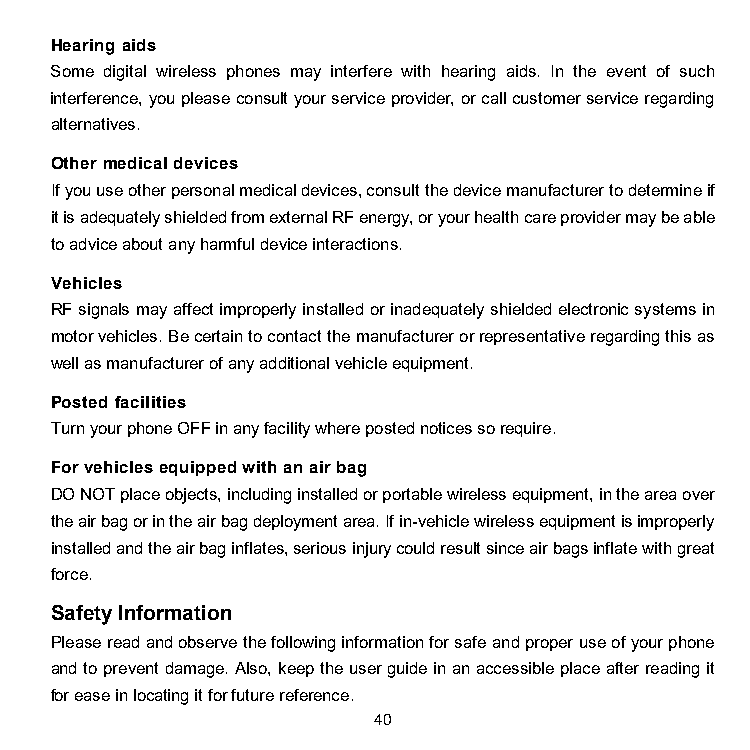
Hearing aids
 Some digital wireless phones may interfere with hearing aids. In the event of such
 interference, you please consult your service provider, or call customer service regarding
 alternatives.
 Other medical devices
 If you use other personal medical devices, consult the device manufacturer to determine if
 it is adequately shielded from external RF energy, or your health care provider may be able
 to advice about any harmful device interactions.
 Vehicles
 RF signals may affect improperly installed or inadequately shielded electronic systems in
 motor vehicles. Be certain to contact the manufacturer or representative regarding this as
 well as manufacturer of any additional vehicle equipment.
 Posted facilities
 Turn your phone OFF in any facility where posted notices so require.
 For vehicles equipped with an air bag
 DO NOT place objects, including installed or portable wireless equipment, in the area over
 the air bag or in the air bag deployment area. If in-vehicle wireless equipment is improperly
 installed and the air bag inflates, serious injury could result since air bags inflate with great
 force.
 Safety Information
 Please read and observe the following information for safe and proper use of your phone
 and to prevent damage. Also, keep the user guide in an accessible place after reading it
 for ease in locating it for future reference.
 40